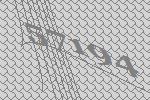
57194